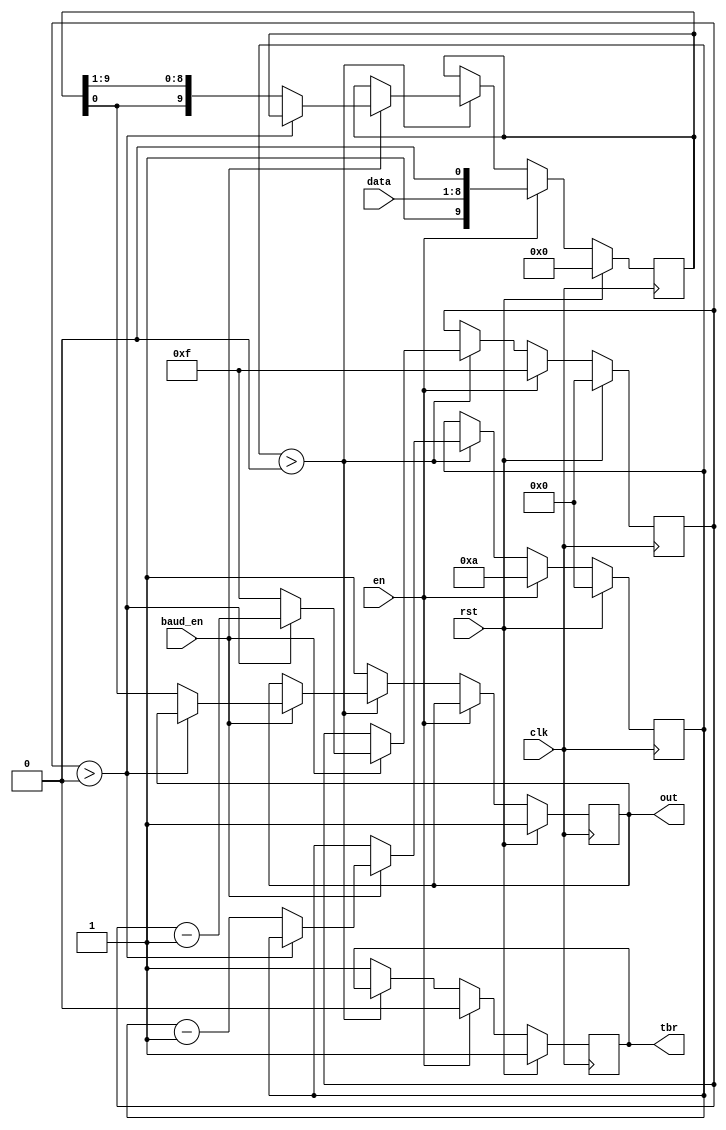
/* Transmit Control, Shift Register, and Buffer
 * Important to generate signal that can be used in handshaking with CPU (i.e. TBR) based on count of 
 * baud rate generator.
 */
module shift_out(input clk, input rst, input en, input baud_en, input [7:0]data, output out, output tbr);
	reg [9:0] buffer;
	reg [3:0] bit_counter;
	reg [3:0] counter;
	reg r_tbr;
	reg r_out;
	
	assign out = r_out;
	assign tbr = r_tbr;
	
	always @(posedge clk) begin
		// Initialize all necessary registers
		if (rst) begin
			buffer <= 10'b0;
			counter <= 4'b0;
			bit_counter <= 4'b0;
			r_tbr <= 1'b1;
			r_out <= 1'b1;
		end

		// Enable the transmit logic, and load the data we want to transmit into the buffer. This means we will read in data from the CPU
		// and will begin to send this data bit-by-bit down TxD back to the target device.
		else if (en) begin
			buffer <= {1'b1, data, 1'b0};
			bit_counter <= 4'd10; // begin counting
			counter <= 4'd15;
			r_tbr <= 1'b0;
		end

		// Now, start relaying information back bit-by-bit
		// In the meanwhile, we will be counting down every bit we read.
		// (kind of combine shift register and shift buffer)
		else if (bit_counter > 4'b0) begin
			if (baud_en) begin
				if (counter > 4'd0) begin
					counter <= counter - 4'd1;
				end
				else begin
					bit_counter <= bit_counter - 4'd1;
					counter <= 4'd15;
					r_out <= buffer[0];
					buffer <= {buffer[0], buffer[9:1]};
				end
			end
		end

		// Okay, at this point there's no data being transferred, so now the transmit buffer is ready again (if it wasn't before)
		else begin
			r_out <= 1'b1;
			r_tbr <= 1'b1;
		end
	end
	
endmodule